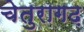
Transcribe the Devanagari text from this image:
चेतुरागढ़